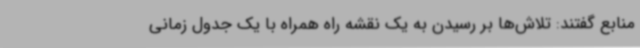
منابع گفتند: تلاش‌ها بر رسیدن به یک نقشه راه همراه با یک جدول زمانی